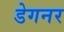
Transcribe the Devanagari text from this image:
डेगनर